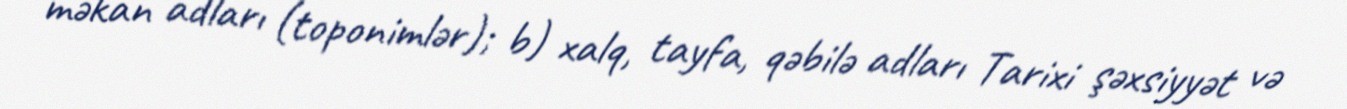
məkan adları (toponimlər); b) xalq, tayfa, qəbilə adları Tarixi şəxsiyyət və